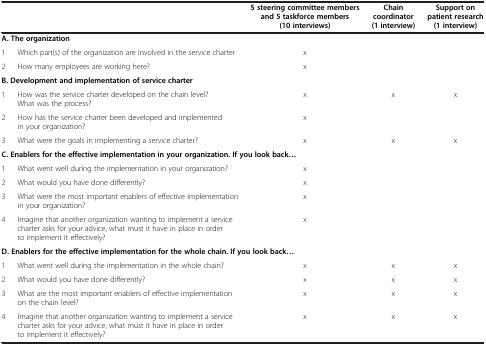
<table><thead><tr><td colspan="2"><b> </b></td><td><b>5 steering committee members and 5 taskforce members (10 interviews)</b></td><td><b>Chain coordinator (1 interview)</b></td><td><b>Support on patient research (1 interview)</b></td></tr></thead><tbody><tr><td colspan="5"><b>A. The organization</b></td></tr><tr><td>1</td><td>Which part(s) of the organization are involved in the service charter</td><td>x</td><td> </td><td> </td></tr><tr><td>2</td><td>How many employees are working here?</td><td>x</td><td> </td><td> </td></tr><tr><td colspan="5"><b>B. Development and implementation of service charter</b></td></tr><tr><td>1</td><td>How was the service charter developed on the chain level? What was the process?</td><td>x</td><td>x</td><td>x</td></tr><tr><td>2</td><td>How has the service charter been developed and implemented in your organization?</td><td>x</td><td> </td><td> </td></tr><tr><td>3</td><td>What were the goals in implementing a service charter?</td><td>x</td><td>x</td><td>x</td></tr><tr><td colspan="5"><b>C. Enablers for the effective implementation in your organization. If you look back...</b></td></tr><tr><td>1</td><td>What went well during the implementation in your organization?</td><td>x</td><td> </td><td> </td></tr><tr><td>2</td><td>What would you have done differently?</td><td>x</td><td> </td><td> </td></tr><tr><td>3</td><td>What were the most important enablers of effective implementation in your organization?</td><td>x</td><td> </td><td> </td></tr><tr><td>4</td><td>Imagine that another organization wanting to implement a service charter asks for your advice, what must it have in place in order to implement it effectively?</td><td>x</td><td> </td><td> </td></tr><tr><td colspan="5"><b>D. Enablers for the effective implementation for the whole chain. If you look back...</b></td></tr><tr><td>1</td><td>What went well during the implementation in the whole chain?</td><td>x</td><td>x</td><td>x</td></tr><tr><td>2</td><td>What would you have done differently?</td><td>x</td><td>x</td><td>x</td></tr><tr><td>3</td><td>What are the most important enablers of effective implementation on the chain level?</td><td>x</td><td>x</td><td>x</td></tr><tr><td>4</td><td>Imagine that another organization wanting to implement a service charter asks for your advice, what must it have in place in order to implement it effectively?</td><td>x</td><td>x</td><td>x</td></tr></tbody></table>